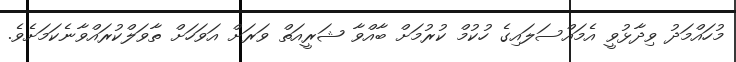
މުހައްމަދު ވިދާޅުވީ އެމައްސަލައިގެ ހުކުމް ކުރުމަށް ބާއްވާ ޝަރީއަތް ވަރަށް އަވަހަށް ތާވަލްކުރައްވާނެކަމަށެވެ.